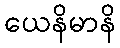
ယေနိမာနိ